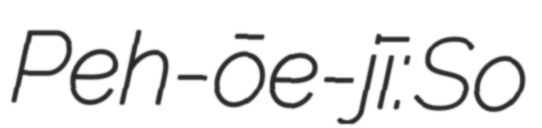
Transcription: Pe̍h-ōe-jī: So͘